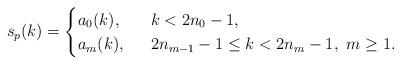
LaTeX: \begin{align*}s_p(k)=\begin{cases} a_{0}(k), \ & \ k< 2n_0-1,\\a_{m}(k), \ & \ 2n_{m-1}-1\le k< 2n_m-1, \ m\ge 1.\end{cases}\end{align*}